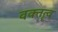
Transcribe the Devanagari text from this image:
वक्‍तॄत्‍व